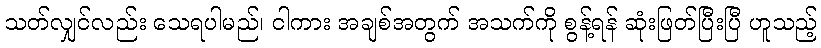
သတ်လျှင်လည်း သေရပါမည်၊ ငါကား အချစ်အတွက် အသက်ကို စွန့်ရန် ဆုံးဖြတ်ပြီးပြီ ဟူသည့်